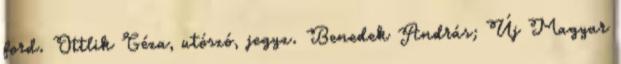
ford. Ottlik Géza, utószó, jegyz. Benedek András; Új Magyar